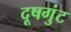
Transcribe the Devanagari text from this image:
दूषगुंट